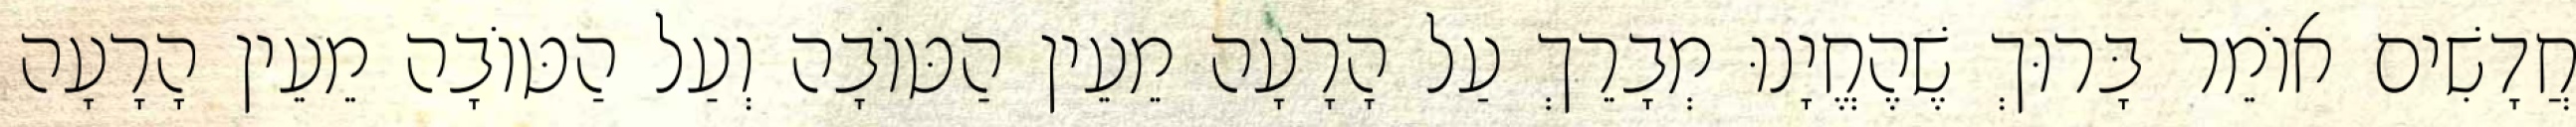
חֲדָשִׁים אוֹמֵר בָּרוּךְ שֶׁהֶחֱיָנוּ מְבָרֵךְ עַל הָרָעָה מֵעֵין הַטּוֹבָה וְעַל הַטּוֹבָה מֵעֵין הָרָעָה